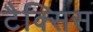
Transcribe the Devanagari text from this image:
टैक्सिस